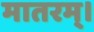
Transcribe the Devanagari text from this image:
मातरम्‌।